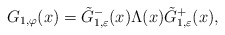
\begin{align*}G_{1, \varphi}(x) = \tilde{G}^-_{1,\varepsilon}(x) \Lambda(x) \tilde{G}^+_{1,\varepsilon}(x),\end{align*}